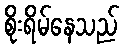
စိုးရိမ်နေသည်